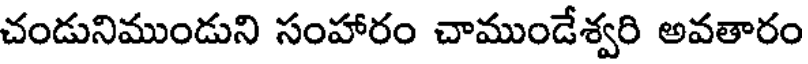
చండునిముండుని సంహారం చాముండేశ్వరి అవతారం